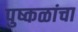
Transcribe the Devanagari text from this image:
पुष्कळांचा